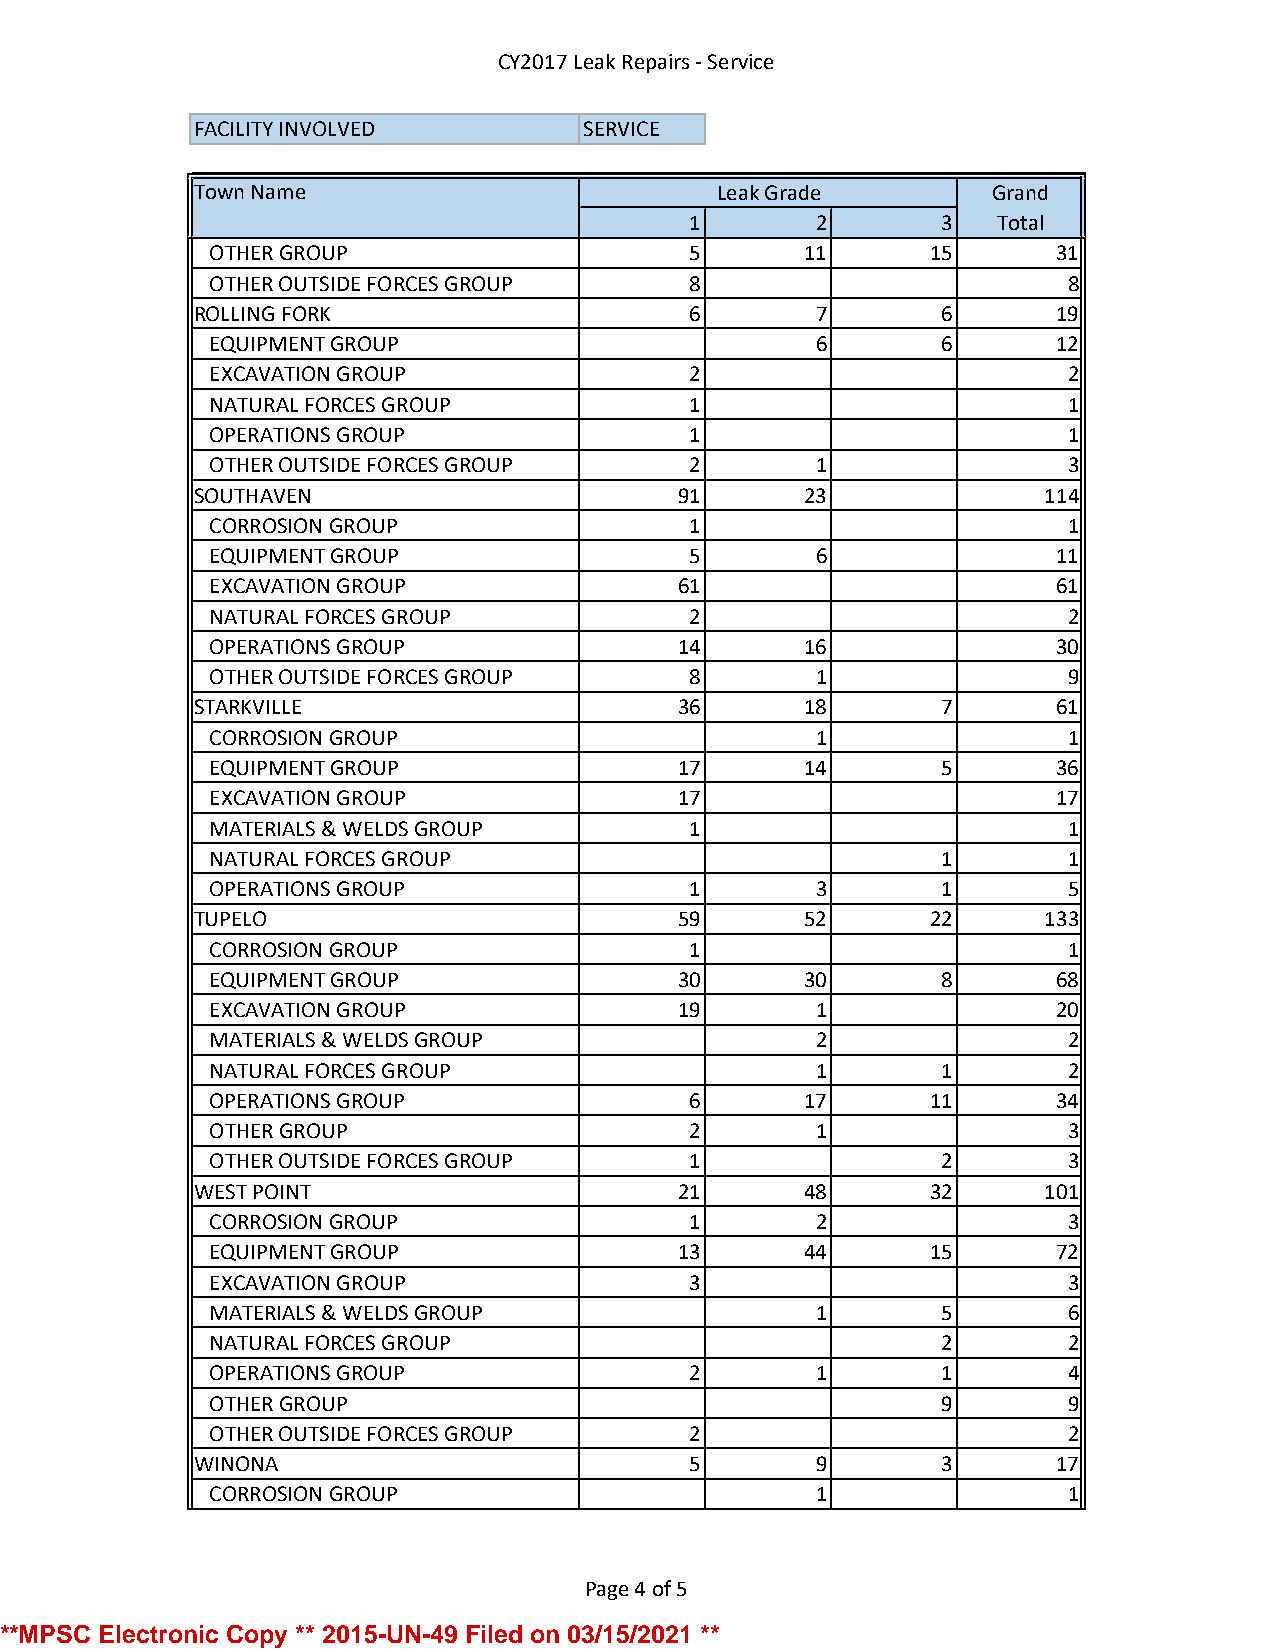
CY2017 Leak Repairs - Service
 FACILITY INVOLVED         SERVICE
 Town Name                         Leak Grade         Grand
 1       2       3   Total
 OTHER GROUP                     5      11       15      31
 OTHER OUTSIDE FORCES GROUP      8                        8
 ROLLING FORK                     6       7       6       19
 EQUIPMENT GROUP                         6       6       12
 EXCAVATION GROUP                2                        2
 NATURAL FORCES GROUP            1                        1
 OPERATIONS GROUP                1                        1
 OTHER OUTSIDE FORCES GROUP      2       1                3
 SOUTHAVEN                       91      23              114
 CORROSION GROUP                 1                        1
 EQUIPMENT GROUP                 5       6               11
 EXCAVATION GROUP               61                       61
 NATURAL FORCES GROUP            2                        2
 OPERATIONS GROUP               14      16               30
 OTHER OUTSIDE FORCES GROUP      8       1                9
 STARKVILLE                      36      18       7       61
 CORROSION GROUP                         1                1
 EQUIPMENT GROUP                17      14       5       36
 EXCAVATION GROUP               17                       17
 MATERIALS & WELDS GROUP         1                        1
 NATURAL FORCES GROUP                            1        1
 OPERATIONS GROUP                1       3       1        5
 TUPELO                          59      52       22     133
 CORROSION GROUP                 1                        1
 EQUIPMENT GROUP                30      30       8       68
 EXCAVATION GROUP               19       1               20
 MATERIALS & WELDS GROUP                 2                2
 NATURAL FORCES GROUP                    1       1        2
 OPERATIONS GROUP                6      17       11      34
 OTHER GROUP                     2       1                3
 OTHER OUTSIDE FORCES GROUP      1               2        3
 WEST POINT                      21      48       32     101
 CORROSION GROUP                 1       2                3
 EQUIPMENT GROUP                13      44       15      72
 EXCAVATION GROUP                3                        3
 MATERIALS & WELDS GROUP                 1       5        6
 NATURAL FORCES GROUP                            2        2
 OPERATIONS GROUP                2       1       1        4
 OTHER GROUP                                     9        9
 OTHER OUTSIDE FORCES GROUP      2                        2
 WINONA                           5       9       3       17
 CORROSION GROUP                         1                1
 Page 4 of 5
 **MPSC Electronic Copy ** 2015-UN-49 Filed on 03/15/2021 **